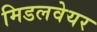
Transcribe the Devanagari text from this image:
मिडलवेयर